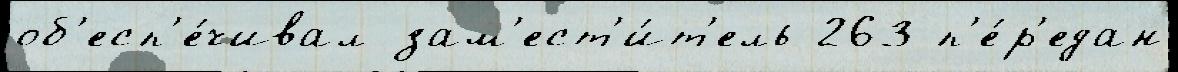
об'есп'е́чивал зам'ест'и́т'ель 263 п'е́р'едан